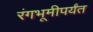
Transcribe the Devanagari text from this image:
रंगभूमीपर्यंत